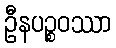
ဦနပဉ္စဝဿာ